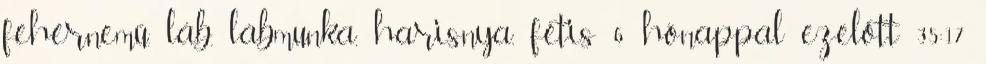
fehérnemű, láb, lábmunka, harisnya, fétis 6 hónappal ezelőtt 35:17